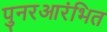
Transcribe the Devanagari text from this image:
पुनरआरंभित